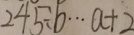
2 4 5 \div b \cdots a + 2